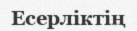
Есерліктің